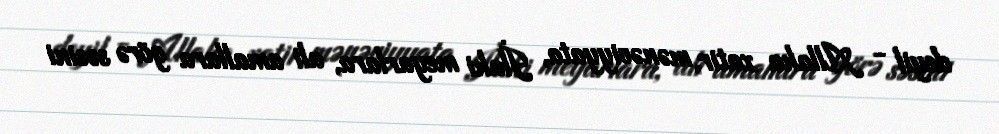
deyil - Allaha xatir, mənəviyyata, İlahi meyarlara, ali amallara görə səsini